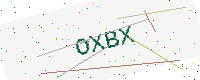
Text: OXBX